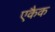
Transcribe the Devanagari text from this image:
एकैक